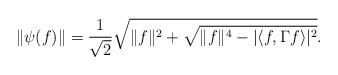
LaTeX: \begin{align*}\|\psi(f)\| = \frac{1}{\sqrt{2}} \sqrt{\|f\|^2+ \sqrt{\|f\|^4-|\langle f,\Gamma f \rangle |^2 }}.\end{align*}